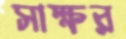
সাক্ষর